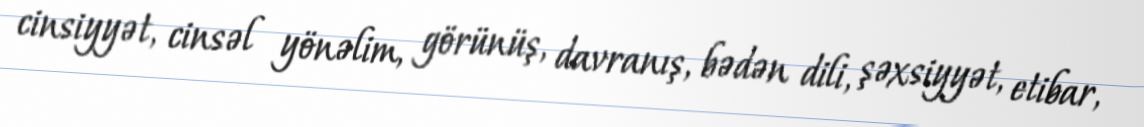
cinsiyyət, cinsəl yönəlim, görünüş, davranış, bədən dili, şəxsiyyət, etibar,